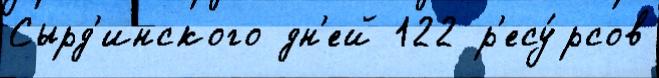
Сырд'инского дн'ей 122 р'есу́рсов